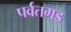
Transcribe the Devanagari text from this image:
पर्वतगड